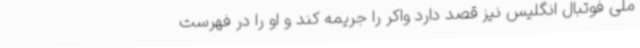
ملی فوتبال انگلیس نیز قصد دارد واکر را جریمه کند و او را در فهرست